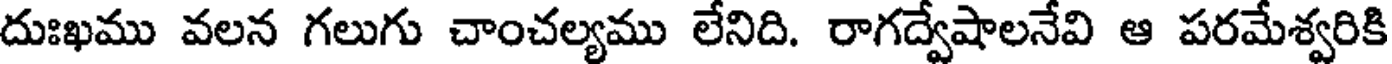
దుఃఖము వలన గలుగు చాంచల్యము లేనిది. రాగద్వేషాలనేవి ఆ పరమేశ్వరికి